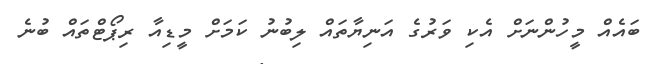
ބައެއް މީހުންނަށް އެކި ވަރުގެ އަނިޔާތައް ލިބުނު ކަމަށް މީޑިއާ ރިޕޯޓްތައް ބުނެ